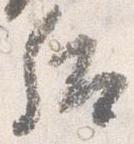
后